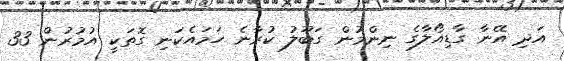
އަދި އޭނާ ގާޑިއޯލާގެ ނިންމުން ގަބޫލު ކުރާނެ ހަމައެކަނި ގޮތަކީ އުމުރުން 33